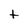
Character: t